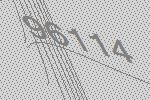
96114